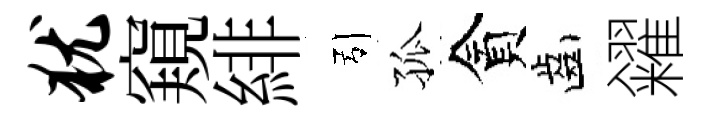
犹窺緋引孤貪齒糴